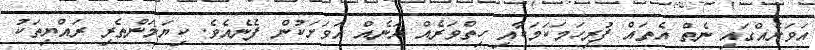
އަވަށެއްގައި ނެތް އެތައް ފުރިހަމަކަމަކާއި ހިތްވަރެއް އަނެއް އަވަށަކުން ފެނެއެވެ. ކިޔަމަންތެރި ރައްޔިތަކު